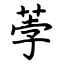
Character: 荸